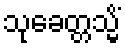
သုခေတ္တသ္မိံ